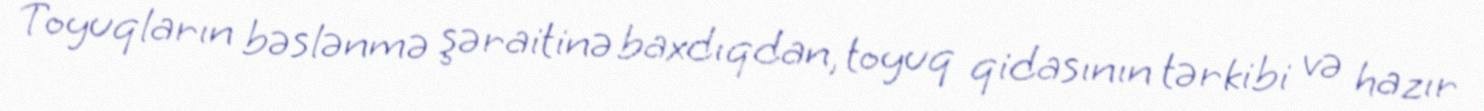
Toyuqların bəslənmə şəraitinə baxdıqdan, toyuq qidasının tərkibi və hazır